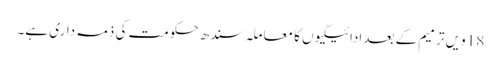
18 ویں ترمیم کے بعد ادائیگیوں کا معاملہ سندھ حکومت کی ذمہ داری ہے۔